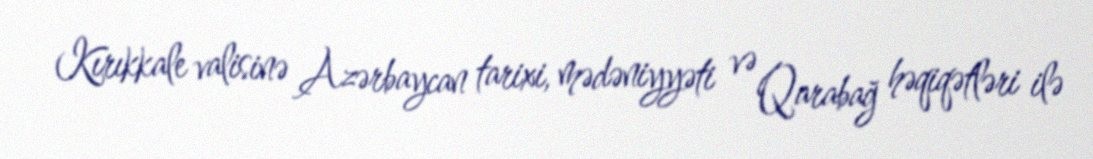
Kırıkkale valisinə Azərbaycan tarixi, mədəniyyəti və Qarabağ həqiqətləri ilə